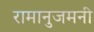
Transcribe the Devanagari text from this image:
रामानुजमनी